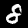
Label: 8